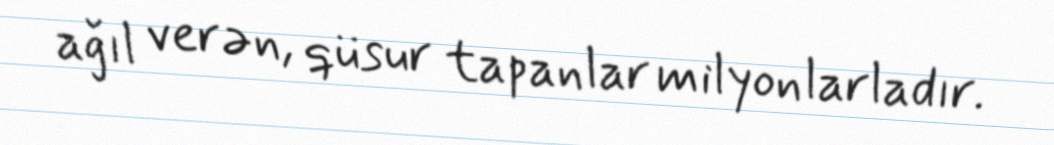
ağıl verən, qüsur tapanlar milyonlarladır.